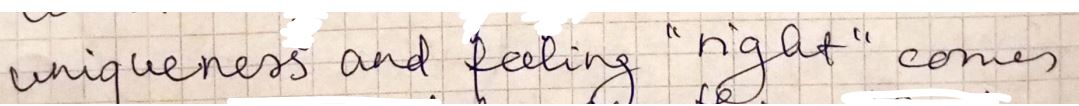
uniqueness and feeling "right" comes